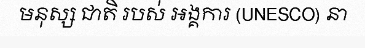
មនុស្ស ជាតិ របស់ អង្គការ (UNESCO) នា